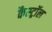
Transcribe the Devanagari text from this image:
कैस्ट्रॉल